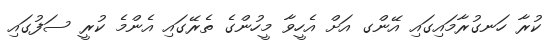
ކުރާ ހަނގުރާމައިގައި އޭންގ އަށް އެހީވާ މީހުންގެ ތެރޭގައި އެންމެ ކުރީ ސަފުގައި